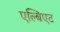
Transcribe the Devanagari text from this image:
एल्बिएट